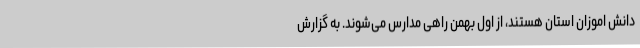
دانش اموزان استان هستند، از اول بهمن راهی مدارس می‌شوند. به گزارش